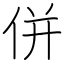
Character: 併